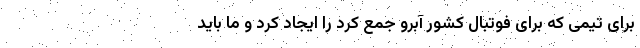
برای تیمی که برای فوتبال کشور آبرو جمع کرد را ایجاد کرد و ما باید